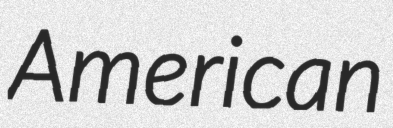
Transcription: American